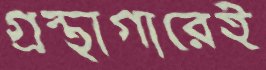
গ্রন্থাগারেই